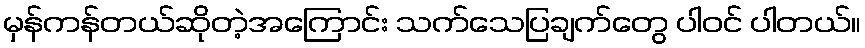
မှန်ကန်တယ်ဆိုတဲ့အကြောင်း သက်သေပြချက်တွေ ပါဝင် ပါတယ်။